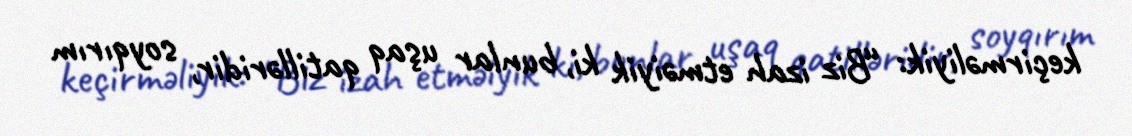
keçirməliyik: “Biz izah etməiyik ki, bunlar uşaq qatilləridir, soyqırım